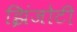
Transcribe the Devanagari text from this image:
झिंजोटी